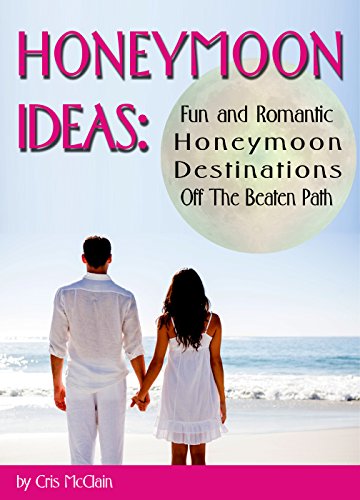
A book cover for Honeymoon Ideas: Fun and Romantic Honeymoon Destinations Off The Beaten Path; Cris McClain; Crafts, Hobbies & Home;